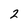
Character: 2